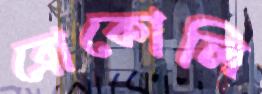
ব্রোকোলি